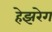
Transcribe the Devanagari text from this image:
हेझरेग